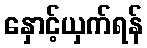
နှောင့်ယှက်ရန်